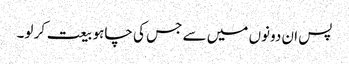
پس ان دونوں میں سے جس کی چاہو بیعت کر لو۔